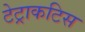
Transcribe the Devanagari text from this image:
टेट्राकटिस